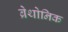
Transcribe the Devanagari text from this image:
ब्रेथोनिक